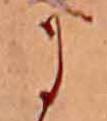
に